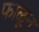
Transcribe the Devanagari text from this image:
फाळून